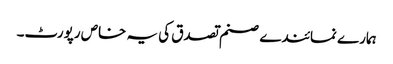
ہمارے نمائندے صنم تصدق کی یہ خاص رپورٹ۔